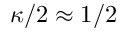
\kappa / 2 \approx 1 / 2